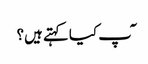
ٓپ کیا کہتے ہیں؟